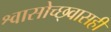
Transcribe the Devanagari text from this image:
श्वासोच्छ्वासही